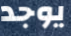
يوجد